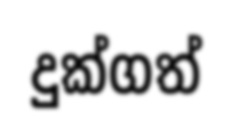
දුක්ගත්